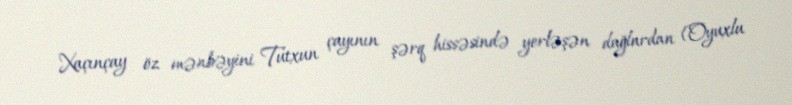
Xaçınçay öz mənbəyini Tutxun çayının şərq hissəsində yerləşən dağlardan (Oyuxlu